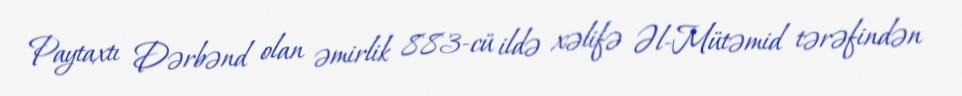
Paytaxtı Dərbənd olan əmirlik 883-cü ildə xəlifə Əl-Mütəmid tərəfindən